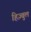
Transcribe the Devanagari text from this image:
हिज़्बुल